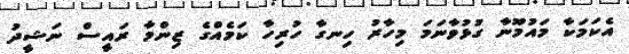
އެކަމަކާ މައުމޫނާ ގުޅުވާނަމަ މިހާރު ހިނގާ ހުރިހާ ކަމެއްގެ ޒިންމާ ރައީސް ނަޝީދު